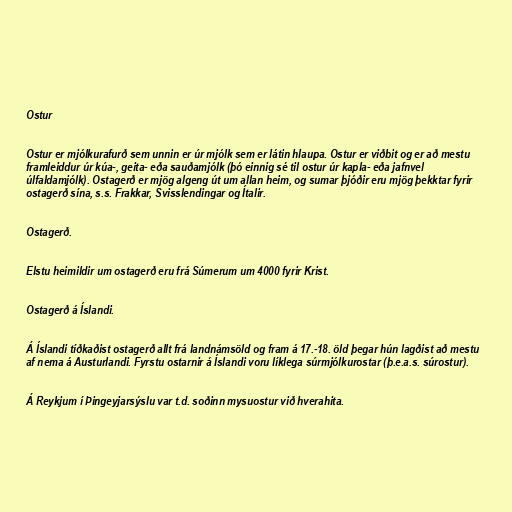
Ostur

Ostur er mjólkurafurð sem unnin er úr mjólk sem er látin hlaupa. Ostur er viðbit og er að mestu
framleiddur úr kúa-, geita- eða sauðamjólk (þó einnig sé til ostur úr kapla- eða jafnvel
úlfaldamjólk). Ostagerð er mjög algeng út um allan heim, og sumar þjóðir eru mjög þekktar fyrir
ostagerð sína, s.s. Frakkar, Svisslendingar og Ítalir.

Ostagerð.

Elstu heimildir um ostagerð eru frá Súmerum um 4000 fyrir Krist.

Ostagerð á Íslandi.

Á Íslandi tíðkaðist ostagerð allt frá landnámsöld og fram á 17.-18. öld þegar hún lagðist að mestu
af nema á Austurlandi. Fyrstu ostarnir á Íslandi voru líklega súrmjólkurostar (þ.e.a.s. súrostur).

Á Reykjum í Þingeyjarsýslu var t.d. soðinn mysuostur við hverahita.